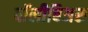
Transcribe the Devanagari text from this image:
पॉलीबिअस